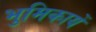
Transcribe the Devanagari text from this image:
भुमिकायें